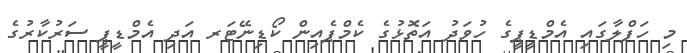
މި ހަފްލާގައި އެމްޑީޕީގެ ހުވަދު އަތޮޅުގެ ކެމްޕެއިން ކޯޑިނޭޓަރ އަދި އެމްޑީޕީ ސަރުކާރުގެ